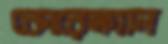
কোরেনগাল